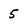
Character: 5